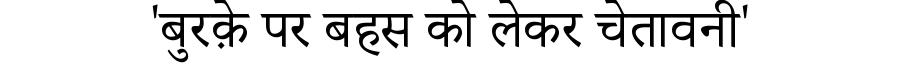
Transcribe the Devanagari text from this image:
'बुरक़े पर बहस को लेकर चेतावनी'